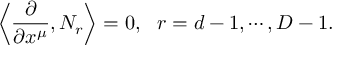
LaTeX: \left\langle \frac { \partial } { \partial x ^ { \mu } } , N _ { r } \right\rangle = 0 , ~ ~ r = d - 1 , \cdots , D - 1 .